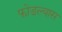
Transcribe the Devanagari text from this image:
फोडल्यास